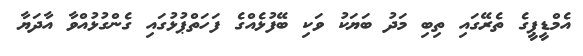
އެމްޑީޕީގެ ތެރޭގައި ތިބި މަދު ބަޔަކު ވަކި ބޭފުޅެއްގެ ފަހަތްޕުޅުގައި ގެންގުޅުއްވާ އާދަޔާ